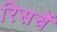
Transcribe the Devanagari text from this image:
रिसर्चे